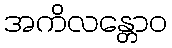
အကိလန္တောဝ